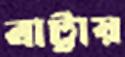
বাট্টায়